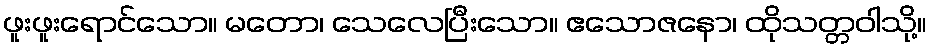
ဖူးဖူးရောင်သော။ မတော၊ သေလေပြီးသော။ ဧသောဇနော၊ ထိုသတ္တဝါသို့။